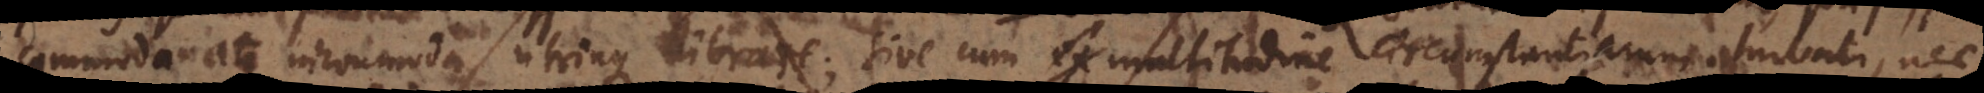
commoda atque incommoda utrinque librare; sive cum multitudine circumstantiarum turbati, nec